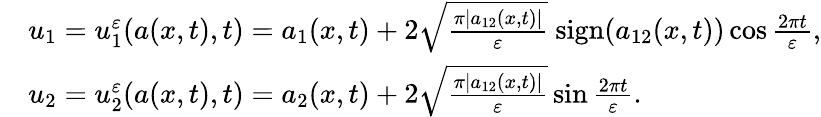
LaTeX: \begin{array}{rl}&{u_{1}=u_{1}^{\varepsilon}(a(x,t),t)=a_{1}(x,t)+2\sqrt{\frac{\pi|a_{12}(x,t)|}{\varepsilon}}\ \mathrm{sign}(a_{12}(x,t))\cos{\frac{2\pi t}{\varepsilon}},}\\ &{u_{2}=u_{2}^{\varepsilon}(a(x,t),t)=a_{2}(x,t)+2\sqrt{\frac{\pi|a_{12}(x,t)|}{\varepsilon}}\sin{\frac{2\pi t}{\varepsilon}}.}\end{array}